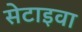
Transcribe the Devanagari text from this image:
सेटाइवा